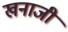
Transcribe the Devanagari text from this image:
खनाजी